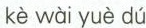
kè wài yuè dú